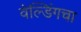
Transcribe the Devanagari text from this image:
वेल्डिंगचा